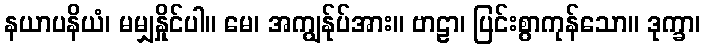
နယာပနိယံ၊ မမျှနှိုင်ပါ။ မေ၊ အကျွန်ုပ်အား။ ဗာဠာ၊ ပြင်းစွာကုန်သော။ ဒုက္ခာ၊